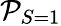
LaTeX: {\mathcal P_{S=1}}